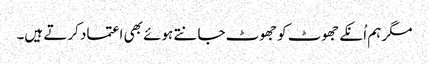
مگر ہم اُنکے جھوٹ کو جھوٹ جانتے ہوئے بھی اعتماد کرتے ہیں۔